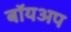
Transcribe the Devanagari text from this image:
बॉयअप